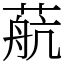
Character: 𦶢